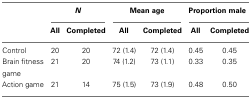
<table><thead><tr><td></td><td colspan="2"><b><i>N</i></b></td><td colspan="2"><b>Mean age</b></td><td colspan="2"><b>Proportion male</b></td></tr><tr><td></td><td><b>All</b></td><td><b>Completed</b></td><td><b>All</b></td><td><b>Completed</b></td><td><b>All</b></td><td><b>Completed</b></td></tr></thead><tbody><tr><td>Control</td><td>20</td><td>20</td><td>72 (1.4)</td><td>72 (1.4)</td><td>0.45</td><td>0.45</td></tr><tr><td>Brain fitness game</td><td>21</td><td>20</td><td>74 (1.2)</td><td>73 (1.1)</td><td>0.33</td><td>0.35</td></tr><tr><td>Action game</td><td>21</td><td>14</td><td>75 (1.5)</td><td>73 (1.9)</td><td>0.48</td><td>0.50</td></tr></tbody></table>